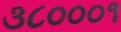
૩૮૦૦૦૧